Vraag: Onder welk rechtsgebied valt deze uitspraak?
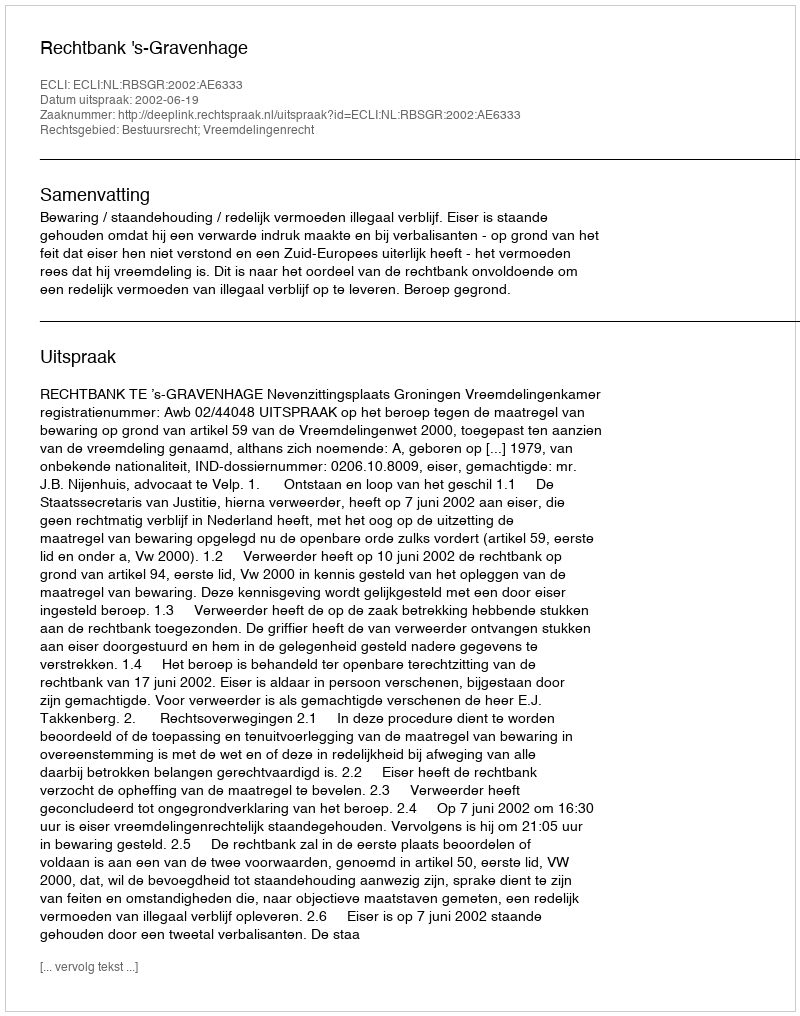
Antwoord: Bestuursrecht; Vreemdelingenrecht